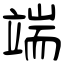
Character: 端